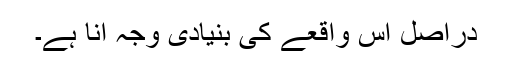
دراصل اس واقعے کی بنیادی وجہ انا ہے۔